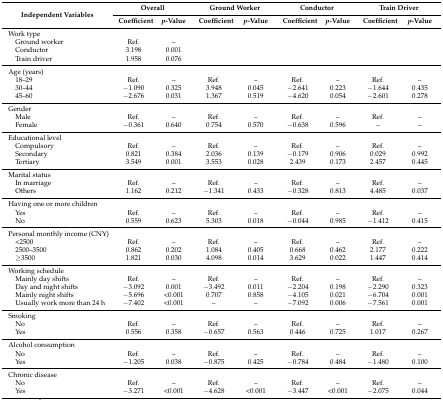
<table><thead><tr><td rowspan="2"><b>Independent Variables</b></td><td colspan="2"><b>Overall</b></td><td colspan="2"><b>Ground Worker</b></td><td colspan="2"><b>Conductor</b></td><td colspan="2"><b>Train Driver</b></td></tr><tr><td><b>Coefficient</b></td><td><b><i>p</i>-Value</b></td><td><b>Coefficient</b></td><td><b><i>p</i>-Value</b></td><td><b>Coefficient</b></td><td><b><i>p</i>-Value</b></td><td><b>Coefficient</b></td><td><b><i>p</i>-Value</b></td></tr></thead><tbody><tr><td colspan="3">Work type</td><td colspan="2">[EMPTY_CELL]</td><td colspan="2">[EMPTY_CELL]</td><td colspan="2">[EMPTY_CELL]</td></tr><tr><td> Ground worker</td><td>Ref.</td><td>–</td><td>[EMPTY_CELL]</td><td>[EMPTY_CELL]</td><td>[EMPTY_CELL]</td><td>[EMPTY_CELL]</td><td>[EMPTY_CELL]</td><td>[EMPTY_CELL]</td></tr><tr><td> Conductor</td><td>3.198</td><td>0.001</td><td>[EMPTY_CELL]</td><td>[EMPTY_CELL]</td><td>[EMPTY_CELL]</td><td>[EMPTY_CELL]</td><td>[EMPTY_CELL]</td><td>[EMPTY_CELL]</td></tr><tr><td> Train driver</td><td>1.958</td><td>0.076</td><td>[EMPTY_CELL]</td><td>[EMPTY_CELL]</td><td>[EMPTY_CELL]</td><td>[EMPTY_CELL]</td><td>[EMPTY_CELL]</td><td>[EMPTY_CELL]</td></tr><tr><td colspan="9">Age (years)</td></tr><tr><td> 18–29</td><td>Ref.</td><td>–</td><td>Ref.</td><td>–</td><td>Ref.</td><td>–</td><td>Ref.</td><td>–</td></tr><tr><td> 30–44</td><td>−1.090</td><td>0.325</td><td>3.948</td><td>0.045</td><td>−2.641</td><td>0.223</td><td>−1.644</td><td>0.435</td></tr><tr><td> 45–60</td><td>−2.676</td><td>0.031</td><td>1.367</td><td>0.519</td><td>−4.620</td><td>0.054</td><td>−2.601</td><td>0.278</td></tr><tr><td colspan="9">Gender</td></tr><tr><td> Male</td><td>Ref.</td><td>–</td><td>Ref.</td><td>–</td><td>Ref.</td><td>–</td><td>Ref.</td><td>–</td></tr><tr><td> Female</td><td>−0.361</td><td>0.640</td><td>0.754</td><td>0.570</td><td>−0.638</td><td>0.596</td><td>–</td><td>–</td></tr><tr><td colspan="9">Educational level</td></tr><tr><td> Compulsory</td><td>Ref.</td><td>–</td><td>Ref.</td><td>–</td><td>Ref.</td><td>–</td><td>Ref.</td><td>–</td></tr><tr><td> Secondary</td><td>0.821</td><td>0.384</td><td>2.036</td><td>0.139</td><td>−0.179</td><td>0.906</td><td>0.029</td><td>0.992</td></tr><tr><td> Tertiary</td><td>3.549</td><td>0.001</td><td>3.553</td><td>0.028</td><td>2.439</td><td>0.173</td><td>2.457</td><td>0.445</td></tr><tr><td colspan="9">Marital status</td></tr><tr><td> In marriage</td><td>Ref.</td><td>–</td><td>Ref.</td><td>–</td><td>Ref.</td><td>–</td><td>Ref.</td><td>–</td></tr><tr><td> Others</td><td>1.162</td><td>0.212</td><td>−1.341</td><td>0.433</td><td>−0.328</td><td>0.813</td><td>4.485</td><td>0.037</td></tr><tr><td colspan="9">Having one or more children</td></tr><tr><td> Yes</td><td>Ref.</td><td>–</td><td>Ref.</td><td>–</td><td>Ref.</td><td>–</td><td>Ref.</td><td>–</td></tr><tr><td> No</td><td>0.559</td><td>0.623</td><td>5.303</td><td>0.018</td><td>−0.044</td><td>0.985</td><td>−1.412</td><td>0.415</td></tr><tr><td colspan="9">Personal monthly income (CNY)</td></tr><tr><td> &lt;2500</td><td>Ref.</td><td>–</td><td>Ref.</td><td>–</td><td>Ref.</td><td>–</td><td>Ref.</td><td>–</td></tr><tr><td> 2500–3500</td><td>0.862</td><td>0.202</td><td>1.084</td><td>0.405</td><td>0.668</td><td>0.462</td><td>2.177</td><td>0.222</td></tr><tr><td> ≥3500</td><td>1.821</td><td>0.030</td><td>4.098</td><td>0.014</td><td>3.629</td><td>0.022</td><td>1.447</td><td>0.414</td></tr><tr><td colspan="9">Working schedule</td></tr><tr><td> Mainly day shifts</td><td>Ref.</td><td>–</td><td>Ref.</td><td>–</td><td>Ref.</td><td>–</td><td>Ref.</td><td>–</td></tr><tr><td> Day and night shifts</td><td>−3.092</td><td>0.001</td><td>−3.492</td><td>0.011</td><td>−2.204</td><td>0.198</td><td>−2.290</td><td>0.323</td></tr><tr><td> Mainly night shifts</td><td>−5.696</td><td>&lt;0.001</td><td>0.707</td><td>0.858</td><td>−4.105</td><td>0.021</td><td>−6.704</td><td>0.001</td></tr><tr><td> Usually work more than 24 h</td><td>−7.402</td><td>&lt;0.001</td><td>–</td><td>–</td><td>−7.092</td><td>0.006</td><td>−7.561</td><td>0.001</td></tr><tr><td colspan="9">Smoking</td></tr><tr><td> No</td><td>Ref.</td><td>–</td><td>Ref.</td><td>–</td><td>Ref.</td><td>–</td><td>Ref.</td><td>–</td></tr><tr><td> Yes</td><td>0.556</td><td>0.358</td><td>−0.657</td><td>0.563</td><td>0.446</td><td>0.725</td><td>1.017</td><td>0.267</td></tr><tr><td colspan="9">Alcohol consumption</td></tr><tr><td> No</td><td>Ref.</td><td>–</td><td>Ref.</td><td>–</td><td>Ref.</td><td>–</td><td>Ref.</td><td>–</td></tr><tr><td> Yes</td><td>−1.205</td><td>0.038</td><td>−0.875</td><td>0.425</td><td>−0.784</td><td>0.484</td><td>−1.480</td><td>0.100</td></tr><tr><td colspan="9">Chronic disease</td></tr><tr><td> No</td><td>Ref.</td><td>–</td><td>Ref.</td><td>–</td><td>Ref.</td><td>–</td><td>Ref.</td><td>–</td></tr><tr><td> Yes</td><td>−3.271</td><td>&lt;0.001</td><td>−4.628</td><td>&lt;0.001</td><td>−3.447</td><td>&lt;0.001</td><td>−2.075</td><td>0.044</td></tr></tbody></table>